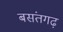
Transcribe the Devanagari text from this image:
बसंतगढ़